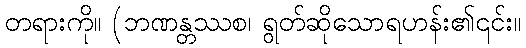
တရားကို။ (ဘဏန္တဿစ၊ ရွတ်ဆိုသောရဟန်း၏၎င်း။